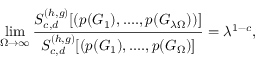
\operatorname* { l i m } _ { \Omega \to \infty } \frac { S _ { c , d } ^ { ( h , g ) } [ ( p ( G _ { 1 } ) , . . . . , p ( G _ { \lambda \Omega } ) ) ] } { S _ { c , d } ^ { ( h , g ) } [ ( p ( G _ { 1 } ) , . . . . , p ( G _ { \Omega } ) ] } = \lambda ^ { 1 - c } ,